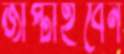
জাপ্‌টাইবেন